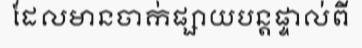
ដែលមានចាក់ផ្សាយបន្តផ្ទាល់ពី